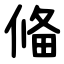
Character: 偹